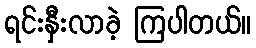
ရင်းနှီးလာခဲ့ ကြပါတယ်။